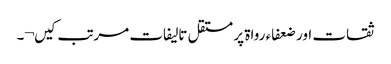
ثقات اور ضعفاء رواۃ پر مستقل تالیفات مرتب کیں¬۔